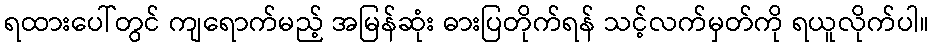
ရထားပေါ်တွင် ကျရောက်မည့် အမြန်ဆုံး ဓားပြတိုက်ရန် သင့်လက်မှတ်ကို ရယူလိုက်ပါ။